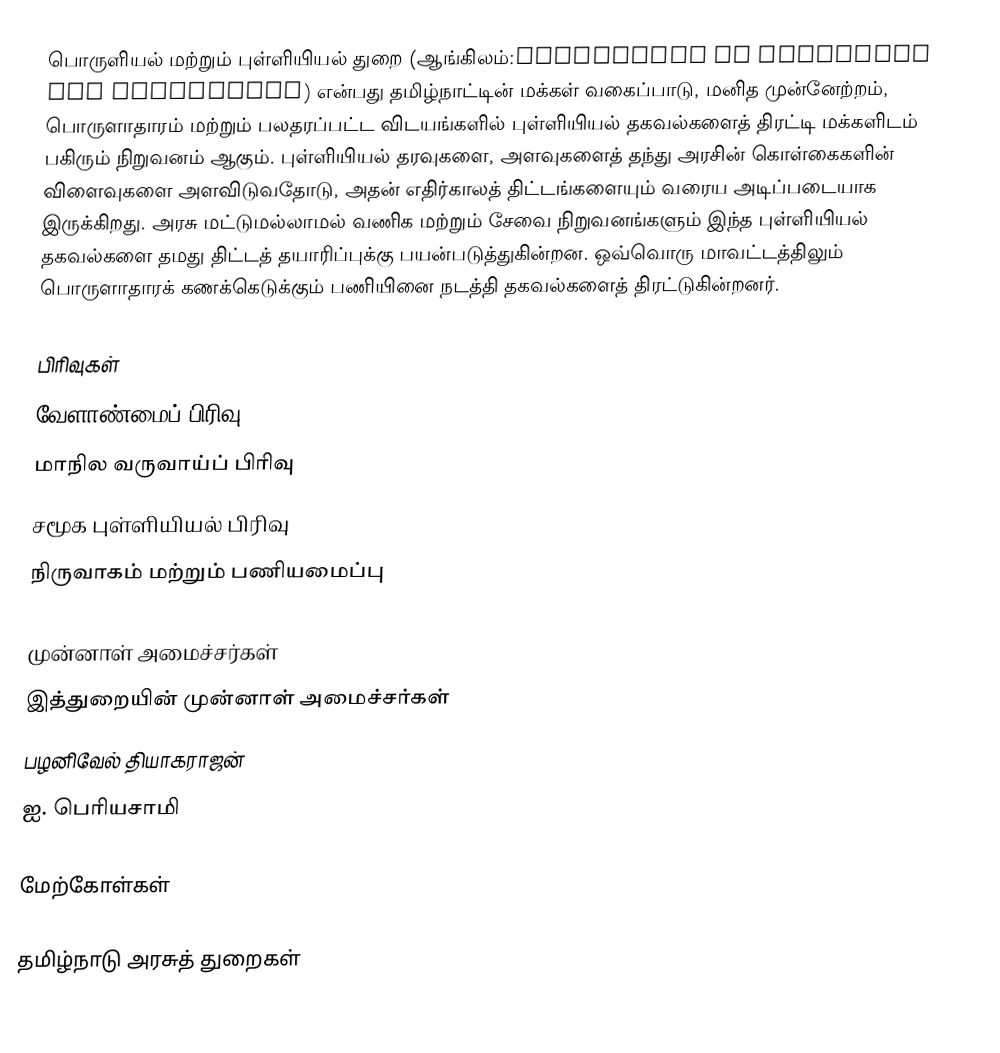
பொருளியல் மற்றும் புள்ளியியல் துறை (ஆங்கிலம்:Department of Economics and Statistics) என்பது தமிழ்நாட்டின் மக்கள் வகைப்பாடு, மனித முன்னேற்றம், பொருளாதாரம் மற்றும் பலதரப்பட்ட விடயங்களில் புள்ளியியல் தகவல்களைத் திரட்டி மக்களிடம் பகிரும் நிறுவனம் ஆகும்.  புள்ளியியல் தரவுகளை, அளவுகளைத் தந்து அரசின் கொள்கைகளின் விளைவுகளை அளவிடுவதோடு, அதன் எதிர்காலத் திட்டங்களையும் வரைய அடிப்படையாக இருக்கிறது.  அரசு மட்டுமல்லாமல் வணிக மற்றும் சேவை நிறுவனங்களும் இந்த புள்ளியியல் தகவல்களை தமது திட்டத் தயாரிப்புக்கு பயன்படுத்துகின்றன. ஒவ்வொரு மாவட்டத்திலும் பொருளாதாரக் கணக்கெடுக்கும் பணியினை நடத்தி தகவல்களைத் திரட்டுகின்றனர்.

பிரிவுகள்
 வேளாண்மைப் பிரிவு
 மாநில வருவாய்ப் பிரிவு
 சமூக புள்ளியியல் பிரிவு
 நிருவாகம் மற்றும் பணியமைப்பு

முன்னாள் அமைச்சர்கள்
இத்துறையின் முன்னாள் அமைச்சர்கள்
 பழனிவேல் தியாகராஜன்
 ஐ. பெரியசாமி

மேற்கோள்கள்

தமிழ்நாடு அரசுத் துறைகள்